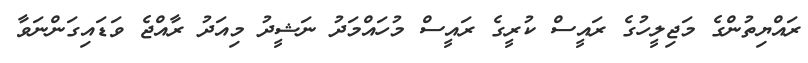
ރައްޔިތުންގެ މަޖިލީހުގެ ރައީސް ކުރީގެ ރައީސް މުހައްމަދު ނަޝީދު މިއަދު ރާއްޖެ ވަޑައިގަންނަވާ